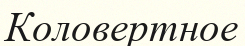
Коловертное